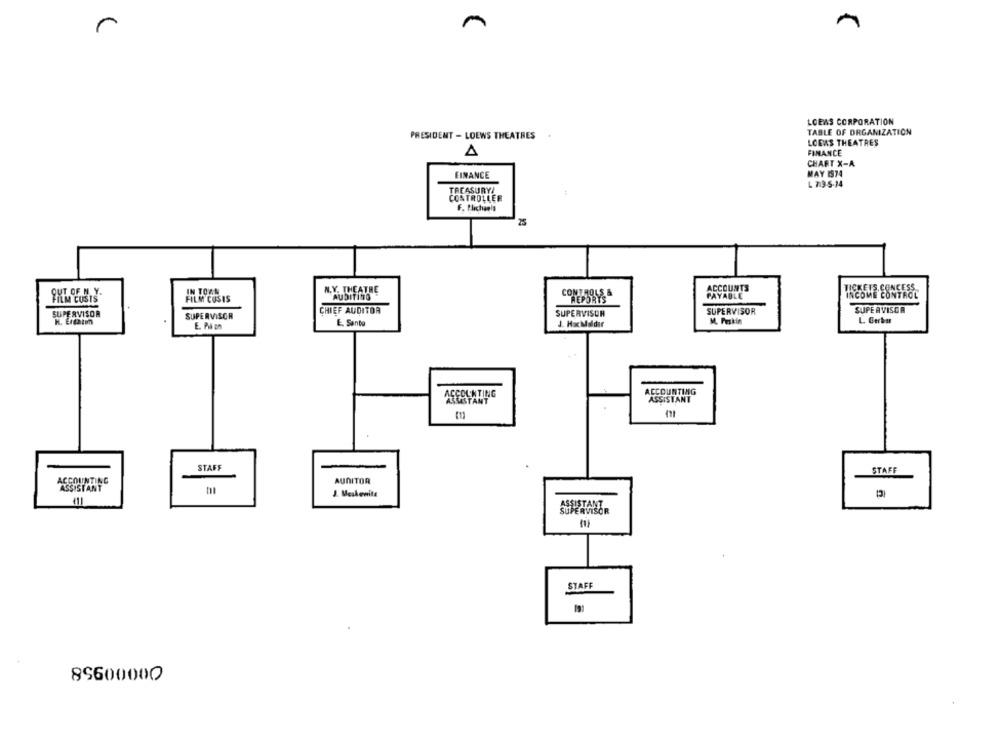
m
r
LOEAS CORPORATION
TABLE OF ORGANIZATION
PRESIDENT - LOEWS THEATRES
LODAS THEATRES
FINANCE
CHART X-A
EINANCE
MAY 1974
TREASURY!
CONTROLLER
F. Plichanis
25
IN TOWN
N.Y. THEATRE
ACCOUNTS
OUT OF N.
AUDITITO
PAYABLE
FILM COSIS
CON BOYS
SUPERVISOR
CHIEF AUDITOR
SUPERVISOR
SUPERVISOR
SUPERVISOR
SUPERVISOR
L. Cerka
E. P.i an
E. Santo
J. HaMaldir
M. Peskin
ACCOUNTING
ACCOUNTING
ASSISTANT
ASSISTANT
STAFF
STAFF
ACCOUNTING
AUDITOR
ASSISTANT
J. Meskenite
STAFF
89600000